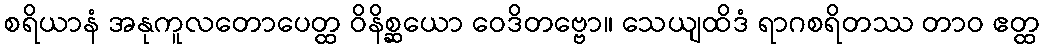
စရိယာနံ အနုကူလတောပေတ္ထ ဝိနိစ္ဆယော ဝေဒိတဗ္ဗော။ သေယျထိဒံ ရာဂစရိတဿ တာဝ ဧတ္ထ